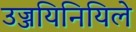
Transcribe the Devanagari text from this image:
उज्जयिनियिले